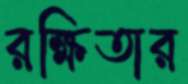
রক্ষিতার